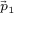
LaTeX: \scriptstyle { \vec { p } } _ { 1 }